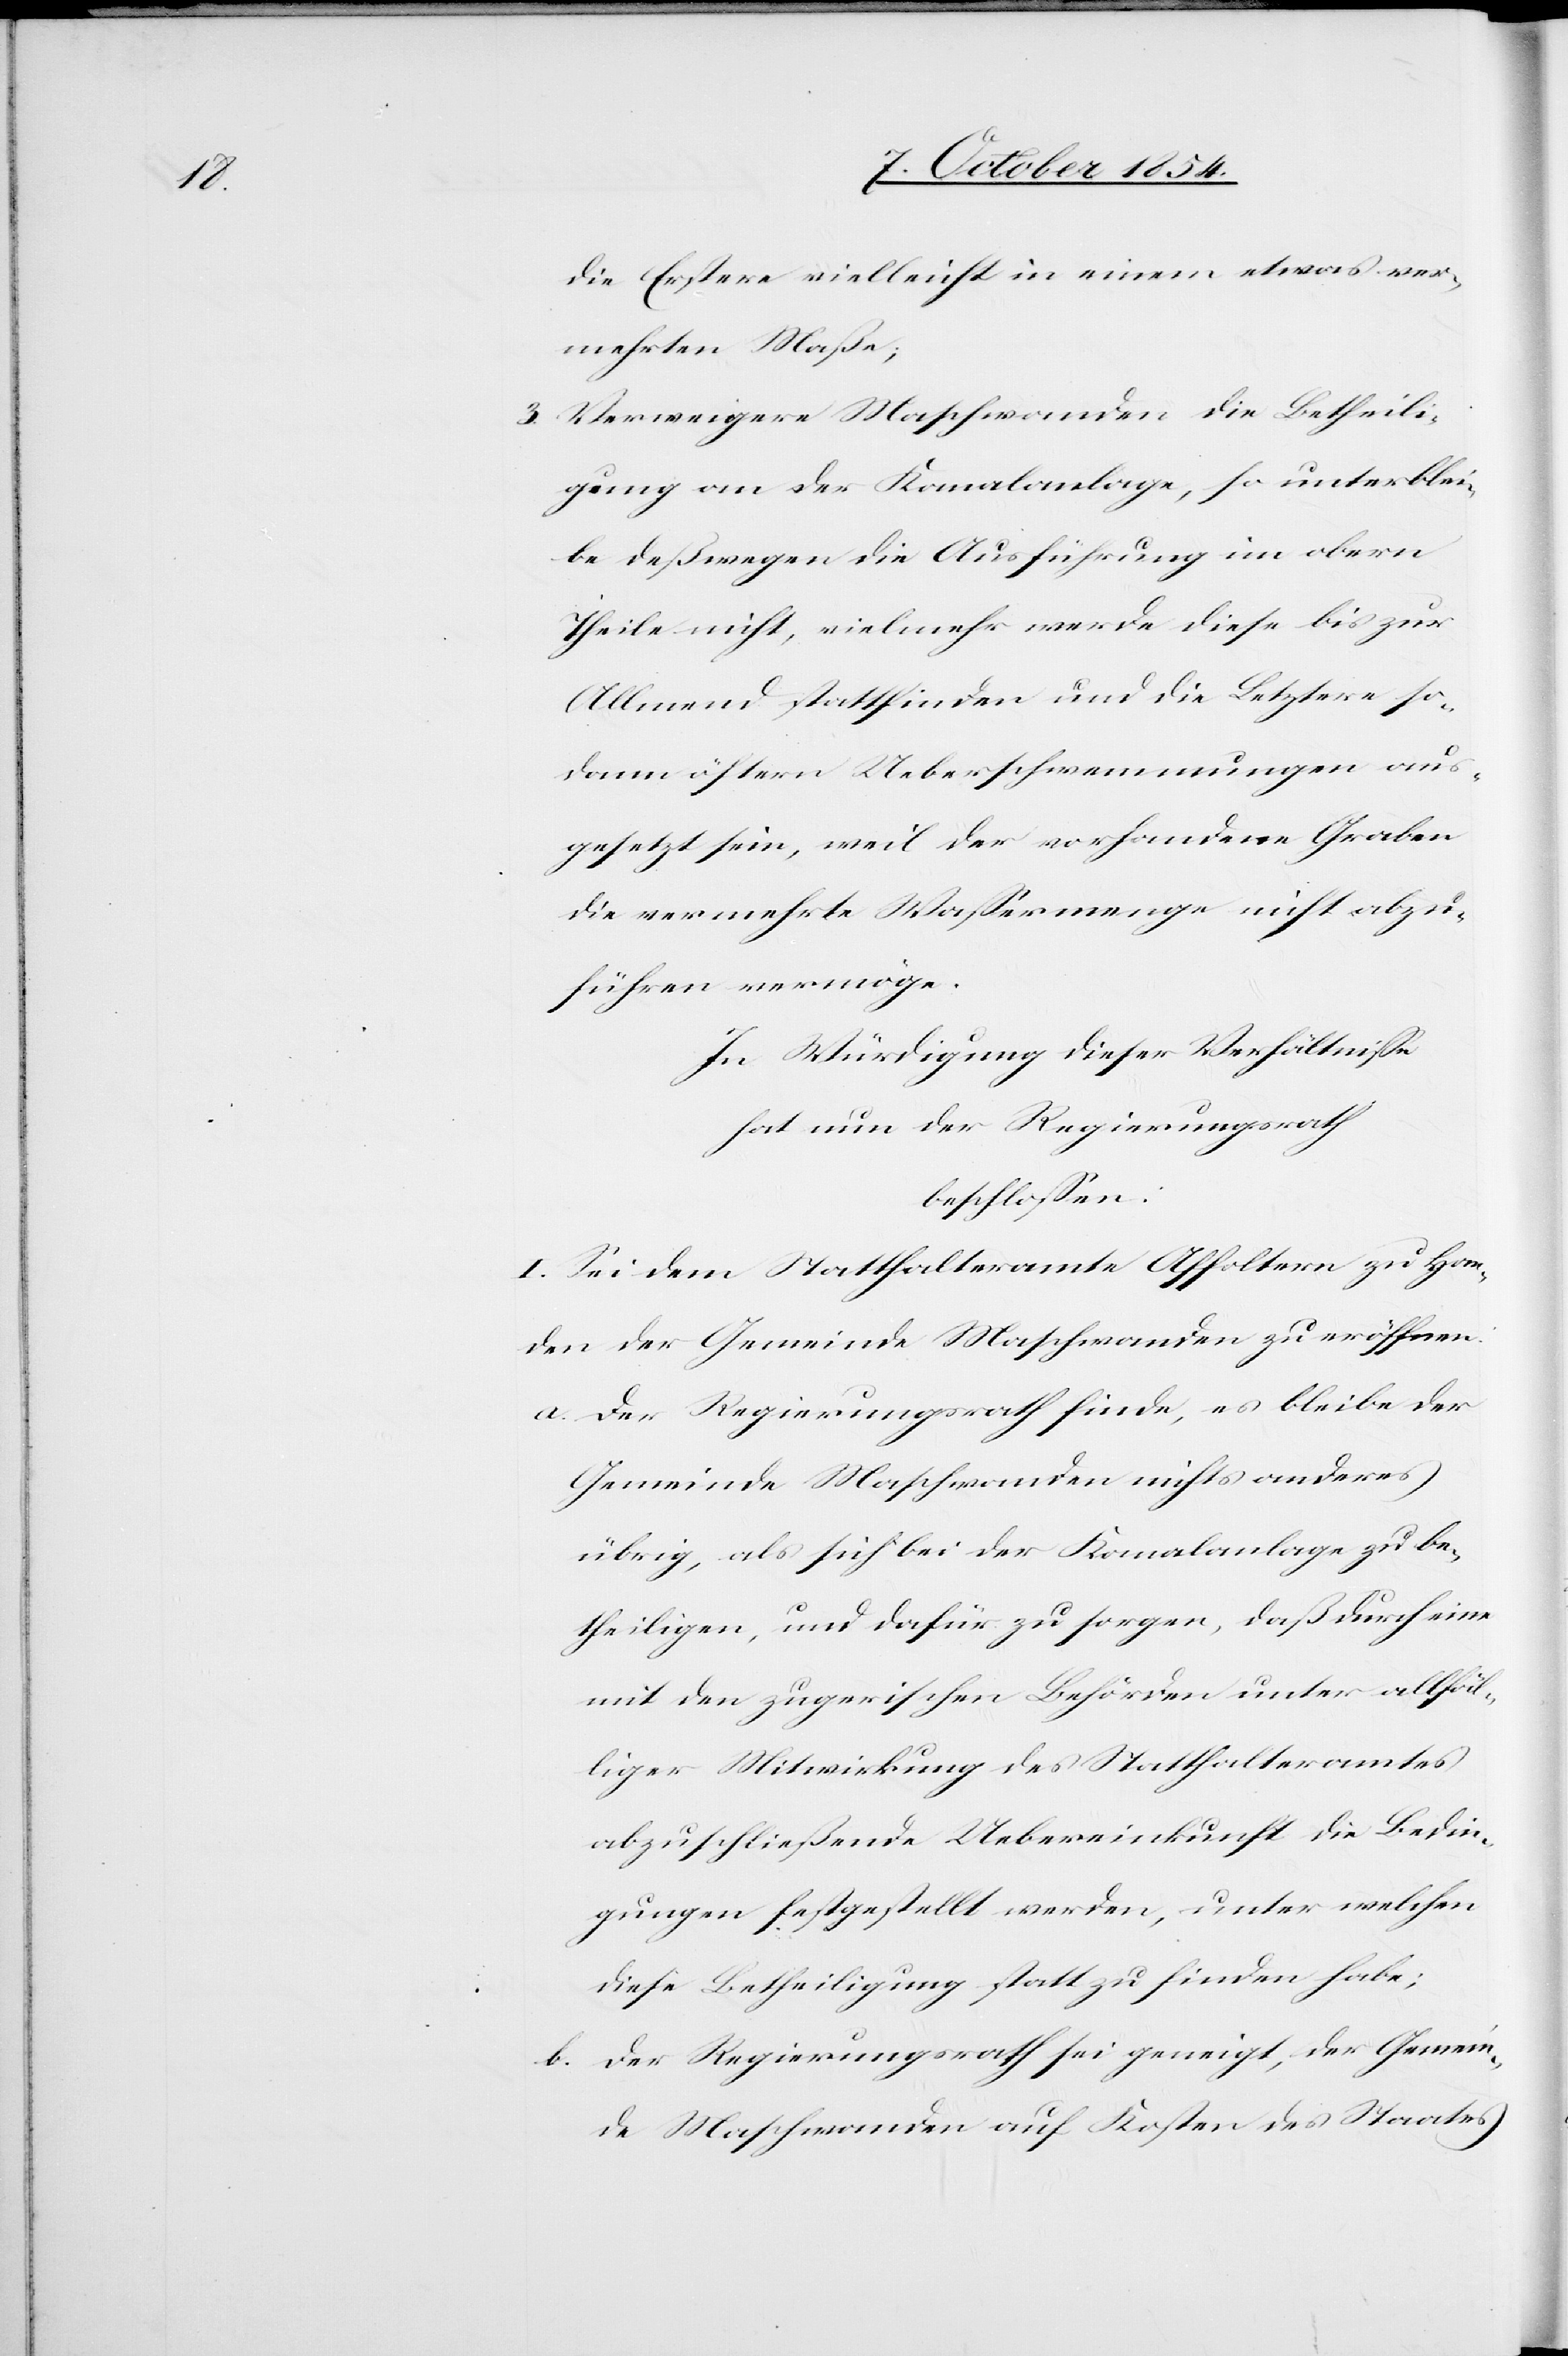
die Erstere vielleicht in einem etwas ver¬
mehrten Maße;
3. Verweigere Maschwanden die Betheili¬
gung an der Kanalanlage, so unterblei¬
be deßwegen die Ausführung im obern
Theile nicht, vielmehr werde diese bis zur
Allmend stattfinden und die Letztere so¬
dann öftern Ueberschwemmungen aus¬
gesetzt sein, weil der vorhandene Graben
die vermehrte Waßermenge nicht abzu¬
führen vermöge.
In Würdigung dieser Verhältniße
hat nun der Regierungsrath
beschloßen:
I. Sei dem Statthalteramte Affoltern zu Han¬
den der Gemeinde Maschwanden zu eröffnen:
a. Der Regierungsrath finde, es bleibe der
Gemeinde Maschwanden nichts anderes
übrig, als sich bei der Kanalanlage zu be¬
theiligen, und dafür zu sorgen, daß durch eine
mit den zugerischen Behörden unter allfäl¬
liger Mitwirkung des Statthalteramtes
abzuschließende Uebereinkunft die Bedin¬
gungen festgestellt werden, unter welchen
diese Betheiligung statt zu finden habe;
b. Der Regierungsrath sei geneigt, der Gemein¬
de Maschwanden auf Kosten des Staates